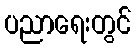
ပညာရေးတွင်